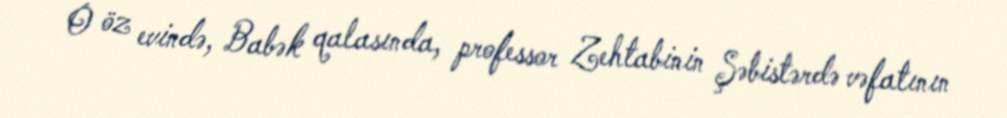
O öz evində, Babək qalasında, professor Zehtabinin Şəbistərdə vəfatının